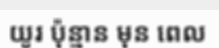
យូរ ប៉ុន្មាន មុន ពេល